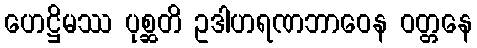
ဟေဋ္ဌိမဿ ပုစ္ဆတိ ဥဒါဟရဏဘာဝေန ဝတ္တနေ